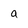
Character: a